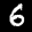
Label: 6